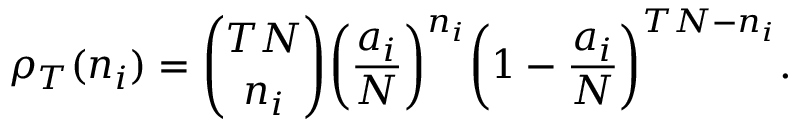
\rho _ { T } ( n _ { i } ) = { { \binom { T N } { n _ { i } } } } \bigg ( \frac { a _ { i } } { N } \bigg ) ^ { n _ { i } } \bigg ( 1 - \frac { a _ { i } } { N } \bigg ) ^ { T N - n _ { i } } .